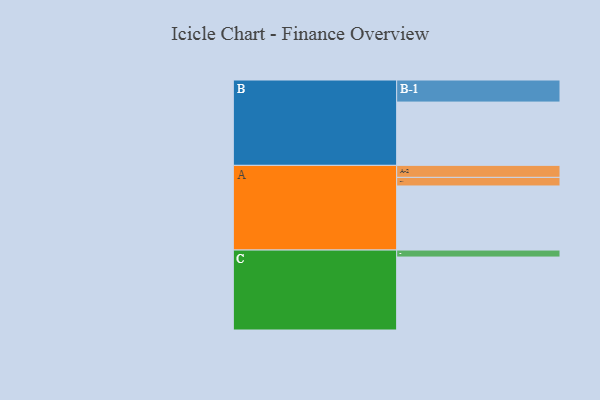
{"axis": {"x": "Segment", "y": "Value"}, "legend": ["", "A", "B", "C"], "data": [{"x": "A", "y": 485, "type": ""}, {"x": "B", "y": 479, "type": ""}, {"x": "C", "y": 552, "type": ""}, {"x": "A-1", "y": 65, "type": "A"}, {"x": "A-2", "y": 91, "type": "A"}, {"x": "B-1", "y": 167, "type": "B"}, {"x": "C-1", "y": 53, "type": "C"}]}